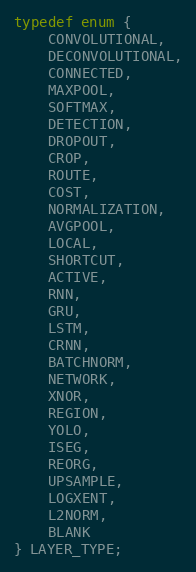
Language: C
typedef enum {
    CONVOLUTIONAL,
    DECONVOLUTIONAL,
    CONNECTED,
    MAXPOOL,
    SOFTMAX,
    DETECTION,
    DROPOUT,
    CROP,
    ROUTE,
    COST,
    NORMALIZATION,
    AVGPOOL,
    LOCAL,
    SHORTCUT,
    ACTIVE,
    RNN,
    GRU,
    LSTM,
    CRNN,
    BATCHNORM,
    NETWORK,
    XNOR,
    REGION,
    YOLO,
    ISEG,
    REORG,
    UPSAMPLE,
    LOGXENT,
    L2NORM,
    BLANK
} LAYER_TYPE;